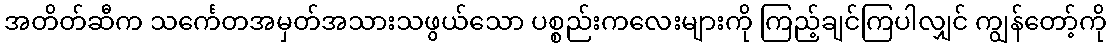
အတိတ်ဆီက သင်္ကေတအမှတ်အသားသဖွယ်သော ပစ္စည်းကလေးများကို ကြည့်ချင်ကြပါလျှင် ကျွန်တော့်ကို